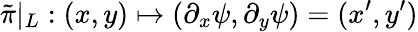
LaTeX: \tilde{\pi}|_{L}:(x,y)\mapsto(\partial_{x}\psi,\partial_{y}\psi)=(x^{\prime},y^{\prime})